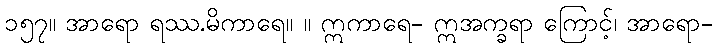
၁၅၇။ အာရော ရဿ.မိကာရေ။ ။ ဣကာရေ- ဣအက္ခရာ ကြောင့်၊ အာရော-